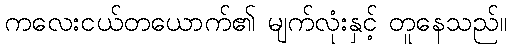
ကလေးငယ်တယောက်၏ မျက်လုံးနှင့် တူနေသည်။